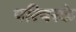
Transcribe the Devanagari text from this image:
परिषरके